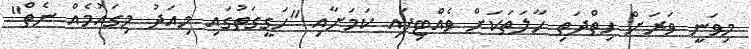
މިވަނީ ވަރަށް ހިތްދަތި ހާލަތަކަށް ވެއްޓިފައި ކަމަށާއި "ހަގީގަތުގައި މިއަދު މިގައުމެއް ނެތް"